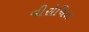
વીરોચિત